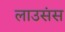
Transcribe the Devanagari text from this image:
लाउसंस